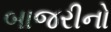
બાજરીનો